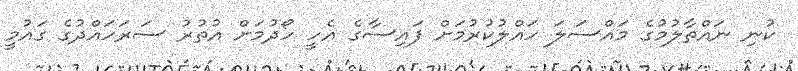
ކުނި ނައްތާލުމުގެ މައްސަލަ ހައްލުކުރުމަށް ފައިސާގެ އެހީ ހޯދުމަށް އުތުރު ސަރަހައްދުގެ ގައުމީ